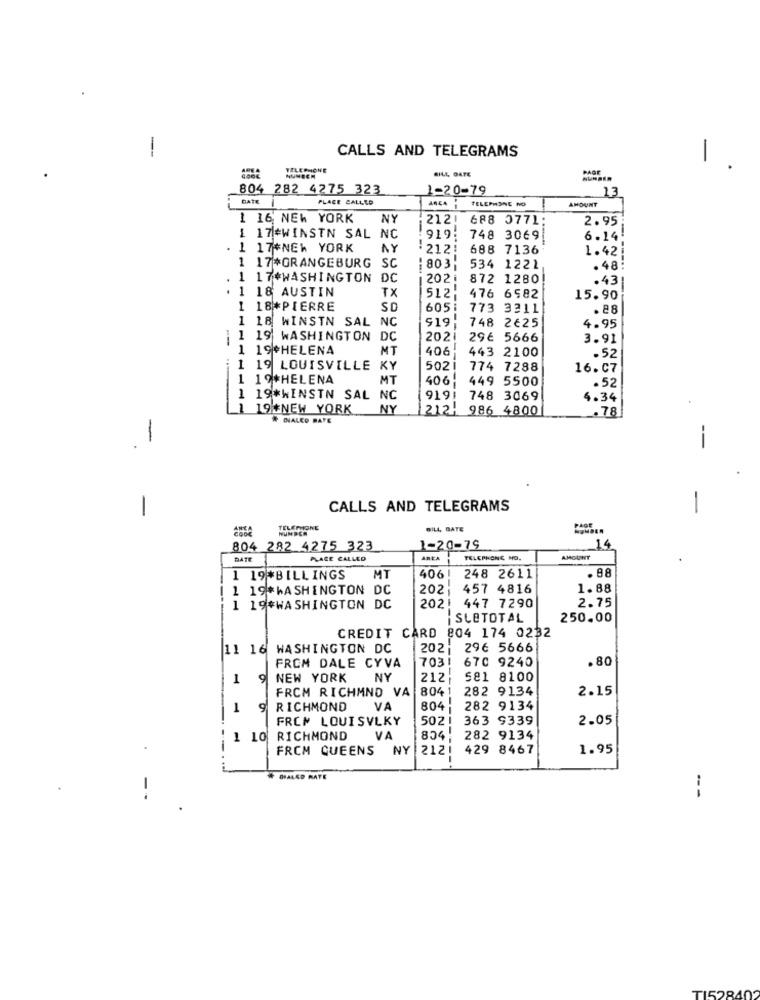
-
CALLS AND TELEGRAMS
1.
TELEPHONE
BILL DATE
PAGE
804 282 4275 323
1-20-79
13
PLACE CALLED
TELEPHONE NO
AMOUNT
7 1
1 16 NEW YORK
NY
212!
688 0771:
2.95
1 17 +WINSTN SAL NC
919
748 3069
6.14:
1 17#NEW YORK
NY
212!
688 7136
1.42
1 17*ORANGEBURG SC
:803
534 1221
.48
.
1 17*WASHINGTON DC
2021
872 1280
.431
1 18 AUSTIN
476 6582
TX
512;
15.90
1 18*PIERRE
SD
6051
773 3211
.88
1 18 WINSTN SAL NC
$19.
748 2€25
4.95
1 1 19 WASHINGTON
DC
2021
29€ 5666
3.91
1 19HELENA
MT
408
443 2100
.52
1 19 LOUISVILLE
KY
502
774 7288
16.07
1 19*HELENA
MT
406
449 5500
.52
1 19*WINSTN SAL NC
919i
748 3069
4.34
1 19*NEW YORK
NY
212!
986 4800
.78
# INHALED RATE
-
--
-
CALLS AND TELEGRAMS
-
TELEPHONE
BILL, DATE
PAGE
804 282 4275 323
1-20-79
14
BATE
PLACE CALLED
AREA
TELEPHONE NO.
AMOUNT
1 19*BILLINGS
MT
4061
248 2611
.88
| 1 19*WASHINGTON DC
202
457 4816
1.88
202: 447 7290
2.75
1 19*WASHINGTON DC
SLETOTAL
250.00
CREDIT CARD 804 174 0232
11 16 WASHINGTON DC
202.
29€ 5666
FROM DALE CYVA
703!
670 9240
. 80
1
9
NEW YORK
NY
212
581 8100
FROM RICHMND VA
804 1
282 9134
2.15
1
9
RICHMOND
VA
804
282 9134
FROM LOUISVLKY
5021 363 9339
2.05
1 10
RICHMOND
VA
282 9134
--
FROM QUEENS
NY
2121
429 8467
1.95
--
# DIALED RATE
-.
---
TI528402